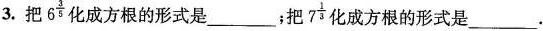
3.把 6^{ \frac{3}{5}}化成方根的形式是___；把7^{ \frac{1}{3}} 化成方根的形式是___.